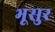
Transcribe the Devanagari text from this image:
भूसुर